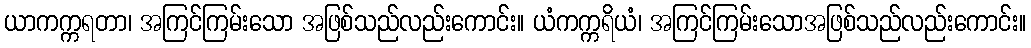
ယာကက္ကရတာ၊ အကြင်ကြမ်းသော အဖြစ်သည်လည်းကောင်း။ ယံကက္ကရိယံ၊ အကြင်ကြမ်းသောအဖြစ်သည်လည်းကောင်း။